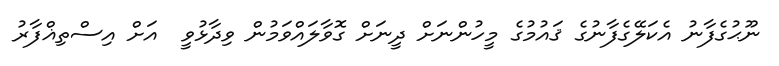
ނޫޙުގެފާނު އެކަލޭގެފާނުގެ ޤައުމުގެ މީހުންނަށް ދީނަށް ގޮވާލައްވަމުން ވިދާޅުވީ  އަށް އިސްތިޣްފާރު